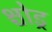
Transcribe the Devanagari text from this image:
श्चोड्र